65_HS1-834228961_62-HQ-83894_Section_5
Agency: FBI
Page 65
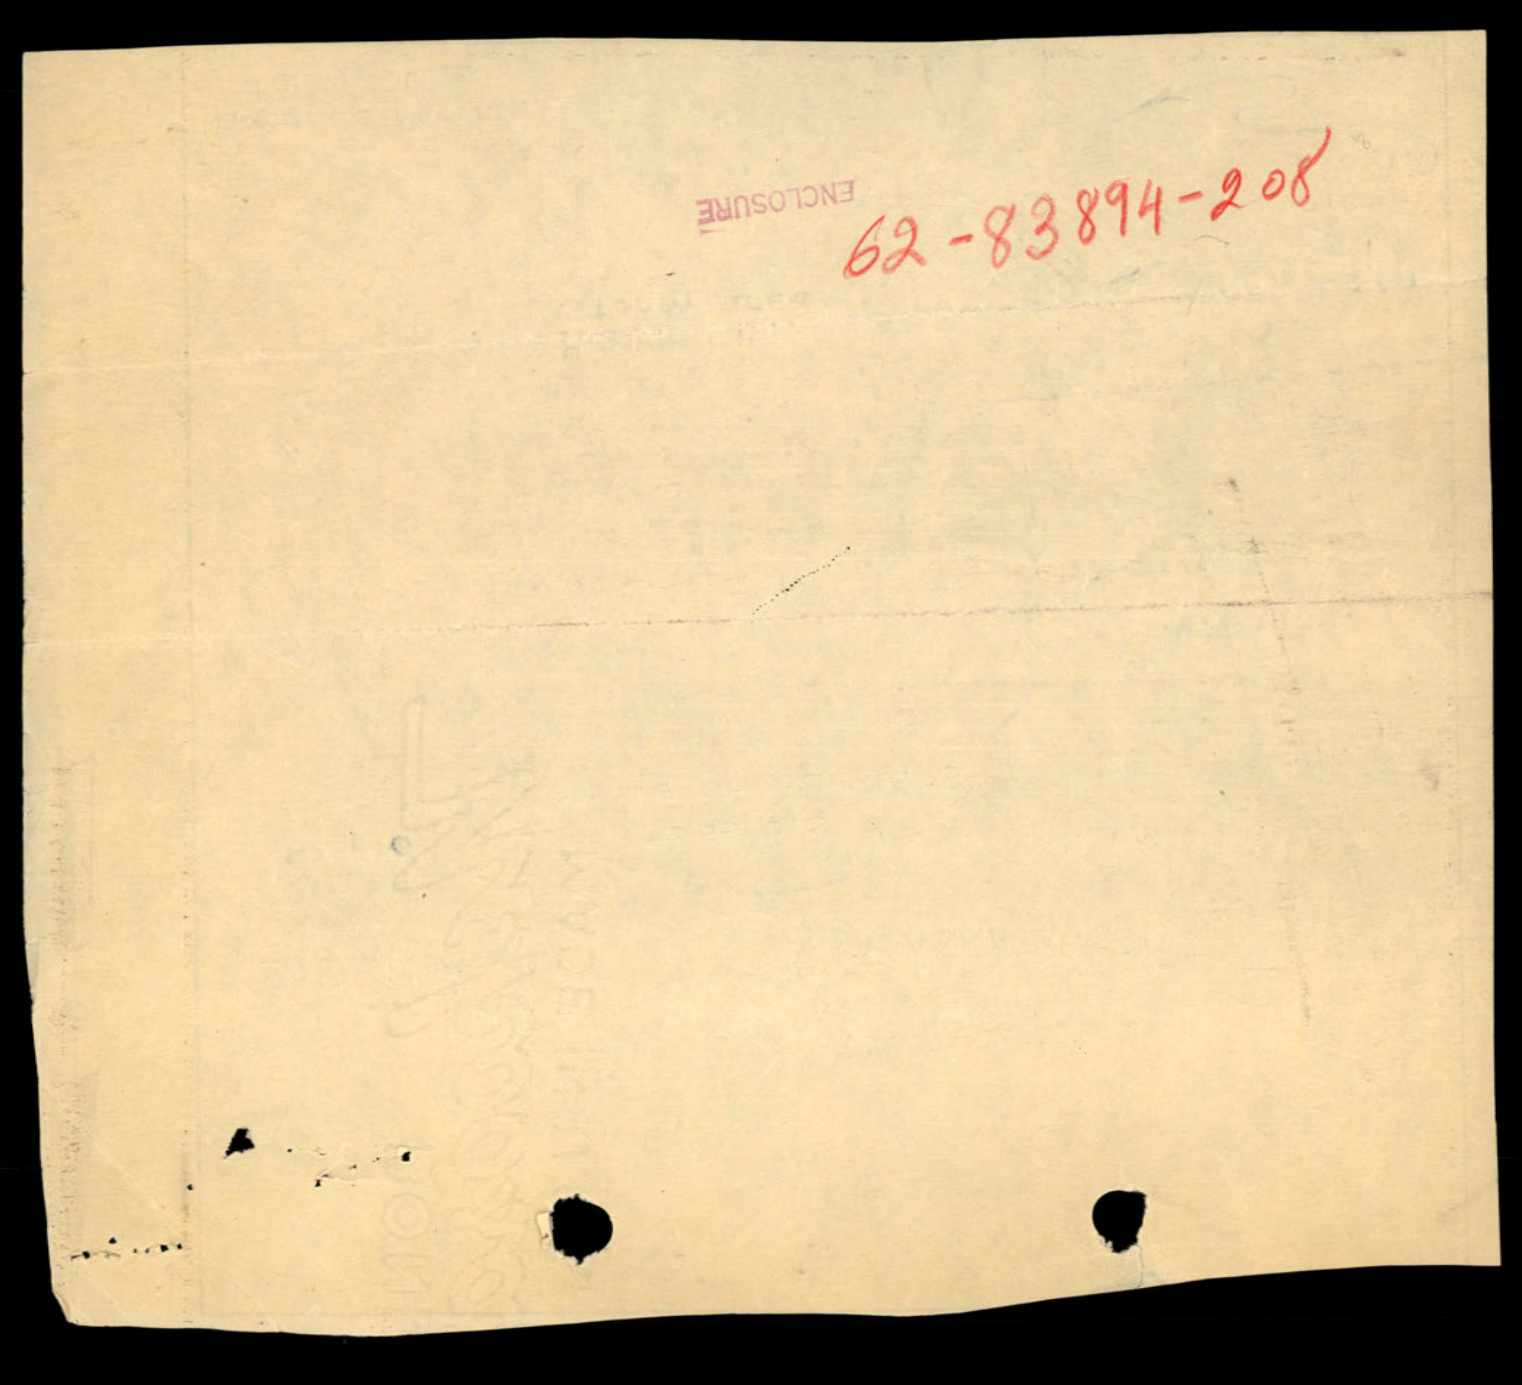